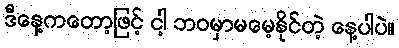
ဒီနေ့ကတော့ဖြင့် ငါ့ ဘဝမှာမမေ့နိုင်တဲ့ နေ့ပါပဲ။